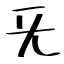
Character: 旡